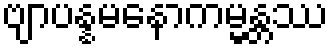
ဗျာပန္နမနောကမ္မန္တဿ